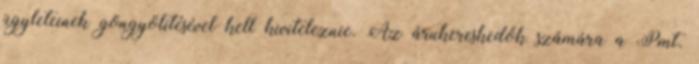
ügyleteinek göngyölítésével kell kiviteleznie. Az árukereskedők számára a Pmt.